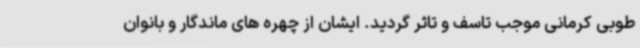
طوبی کرمانی موجب تاسف و تاثر گردید. ایشان از چهره های ماندگار و بانوان